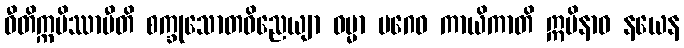
ဝီတိက္ကမိဿာမီတိ စက္ခုသောတဝိညေယျာ ဓမ္မာ ပဂေဝ ကာယိကာတိ ဣမိနာဝ နယေန